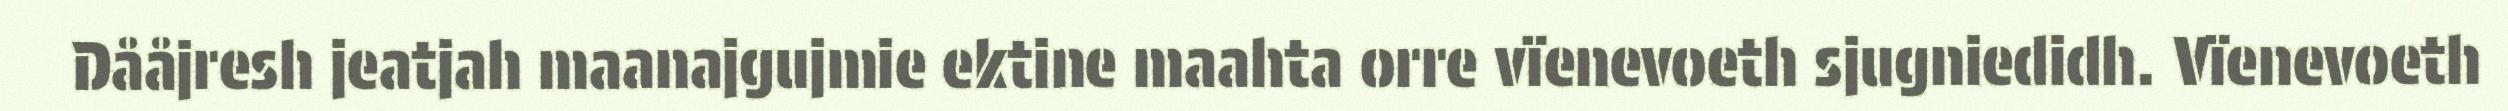
Dååjresh jeatjah maanajgujmie ektine maahta orre vïenevoeth sjugniedidh. Vïenevoeth